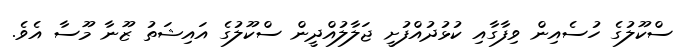
ސްކޫލުގެ ހުސެއިން ވިފާގާއި ކުޅުދުއްފުށީ ޖަލާލުއްދީން ސްކޫލުގެ އައިޝަތު ޒޫނާ މޫސާ އެވެ.